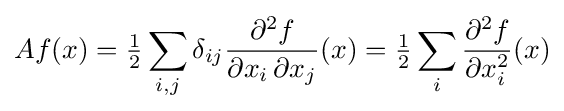
Af(x)={\tfrac {1}{2}}\sum _{i,j}\delta _{ij}{\frac {\partial ^{2}f}{\partial x_{i}\,\partial x_{j}}}(x)={\tfrac {1}{2}}\sum _{i}{\frac {\partial ^{2}f}{\partial x_{i}^{2}}}(x)